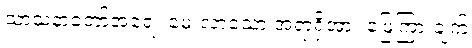
သာသနာတော်အရေး မေးလာသော အရာရှိအား ဖြေကြားချက်